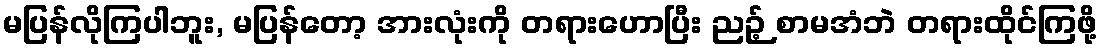
မပြန်လိုကြပါဘူး, မပြန်တော့ အားလုံးကို တရားဟောပြီး ညဉ့် စာမအံဘဲ တရားထိုင်ကြဖို့